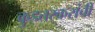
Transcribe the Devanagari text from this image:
कुडतरकरांची